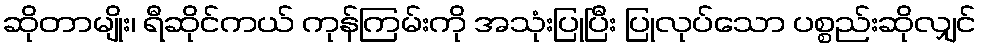
ဆိုတာမျိုး၊ ရီဆိုင်ကယ် ကုန်ကြမ်းကို အသုံးပြုပြီး ပြုလုပ်သော ပစ္စည်းဆိုလျှင်